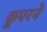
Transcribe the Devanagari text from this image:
कूपरने